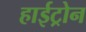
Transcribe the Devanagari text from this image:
हाईट्रोन